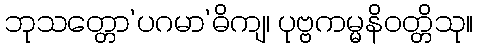
ဘုသတ္တော’ပဂမာ’ဓိကျ၊ ပုဗ္ဗကမ္မနိဝတ္တိသု။